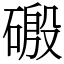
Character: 磤